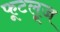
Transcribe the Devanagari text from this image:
फूटलूज